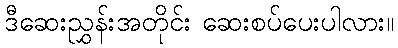
ဒီဆေးညွှန်းအတိုင်း ဆေးစပ်ပေးပါလား။